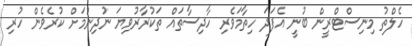
ހެލްތު މިނިސްޓްރީން ބުނީ އެފަދަ ހިތާމަވެރި ހާދިސާތައް ތަކުރާރުވިޔަ ނުދިނުމަށް ކުރެވެން ހުރި